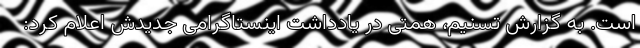
است. به گزارش تسنیم، همتی در یادداشت اینستاگرامی جدیدش اعلام کرد: